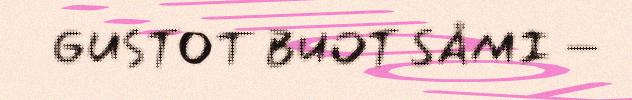
GUSTOT BUOT SÅMI –